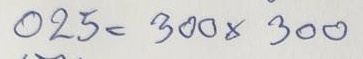
025 = 300 x 300